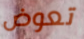
تعوض